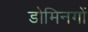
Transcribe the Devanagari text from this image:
डोमिनगों